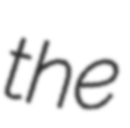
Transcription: the